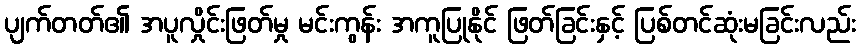
ပျက်တတ်၏ အပူလှိုင်းဖြတ်မှု မင်းကွန်း အကူပြုနိုင် ဖြတ်ခြင်းနှင့် ပြစ်တင်ဆုံးမခြင်းလည်း